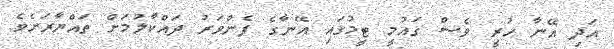
އަދި އޭނާ ހުރީ ވެސް ގައުމީ ޓީމުގައި އޭނާގެ ފެންވަރު ދައްކާލުމަށް ތައްޔާރަށެވެ.